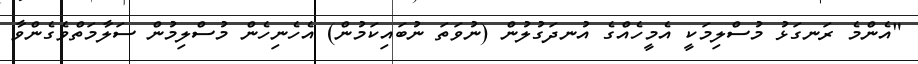
"އެންމެ ރަނގަޅު މުސްލިމަކީ އެމީހެއްގެ އުނދަގުލުން (ނުވަތަ ނުބައިކަމުން) އެހެނިހެން މުސްލިމުން ސަލާމަތްވެގެންވާ